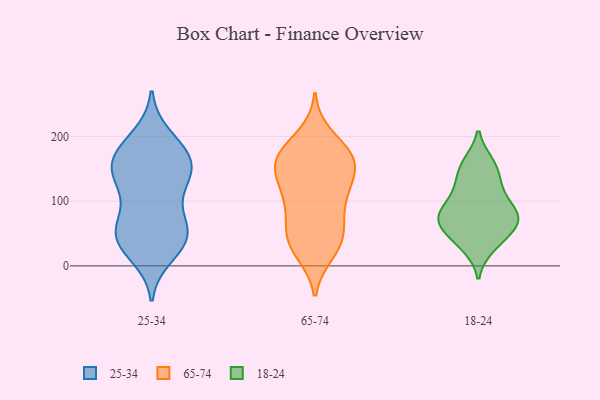
{"axis": {"x": "LTV (USD)", "y": "Value"}, "legend": ["18-24", "25-34", "65-74"], "data": [{"x": "", "y": 96, "type": "25-34"}, {"x": "", "y": 129, "type": "25-34"}, {"x": "", "y": 75, "type": "25-34"}, {"x": "", "y": 52, "type": "25-34"}, {"x": "", "y": 17, "type": "25-34"}, {"x": "", "y": 44, "type": "25-34"}, {"x": "", "y": 199, "type": "25-34"}, {"x": "", "y": 165, "type": "25-34"}, {"x": "", "y": 143, "type": "25-34"}, {"x": "", "y": 33, "type": "25-34"}, {"x": "", "y": 49, "type": "25-34"}, {"x": "", "y": 39, "type": "25-34"}, {"x": "", "y": 170, "type": "25-34"}, {"x": "", "y": 140, "type": "25-34"}, {"x": "", "y": 54, "type": "25-34"}, {"x": "", "y": 176, "type": "25-34"}, {"x": "", "y": 149, "type": "25-34"}, {"x": "", "y": 183, "type": "25-34"}, {"x": "", "y": 138, "type": "25-34"}, {"x": "", "y": 170, "type": "65-74"}, {"x": "", "y": 171, "type": "65-74"}, {"x": "", "y": 64, "type": "65-74"}, {"x": "", "y": 138, "type": "65-74"}, {"x": "", "y": 108, "type": "65-74"}, {"x": "", "y": 39, "type": "65-74"}, {"x": "", "y": 21, "type": "65-74"}, {"x": "", "y": 26, "type": "65-74"}, {"x": "", "y": 101, "type": "65-74"}, {"x": "", "y": 169, "type": "65-74"}, {"x": "", "y": 153, "type": "65-74"}, {"x": "", "y": 45, "type": "65-74"}, {"x": "", "y": 176, "type": "65-74"}, {"x": "", "y": 128, "type": "65-74"}, {"x": "", "y": 151, "type": "65-74"}, {"x": "", "y": 78, "type": "65-74"}, {"x": "", "y": 164, "type": "65-74"}, {"x": "", "y": 43, "type": "65-74"}, {"x": "", "y": 200, "type": "65-74"}, {"x": "", "y": 109, "type": "65-74"}, {"x": "", "y": 127, "type": "18-24"}, {"x": "", "y": 32, "type": "18-24"}, {"x": "", "y": 74, "type": "18-24"}, {"x": "", "y": 118, "type": "18-24"}, {"x": "", "y": 78, "type": "18-24"}, {"x": "", "y": 29, "type": "18-24"}, {"x": "", "y": 57, "type": "18-24"}, {"x": "", "y": 74, "type": "18-24"}, {"x": "", "y": 47, "type": "18-24"}, {"x": "", "y": 159, "type": "18-24"}, {"x": "", "y": 90, "type": "18-24"}, {"x": "", "y": 154, "type": "18-24"}, {"x": "", "y": 92, "type": "18-24"}, {"x": "", "y": 68, "type": "18-24"}, {"x": "", "y": 80, "type": "18-24"}, {"x": "", "y": 60, "type": "18-24"}, {"x": "", "y": 156, "type": "18-24"}, {"x": "", "y": 120, "type": "18-24"}]}